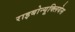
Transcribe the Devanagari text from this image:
राइबोन्यूक्लियेस